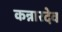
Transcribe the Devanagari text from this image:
कन्नारदेव